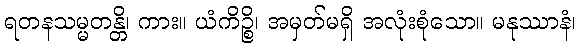
ရတနသမ္မတန္တိ၊ ကား။ ယံကိဉ္စိ၊ အမှတ်မရှိ အလုံးစုံသော။ မနုဿာနံ၊